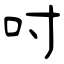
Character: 吋